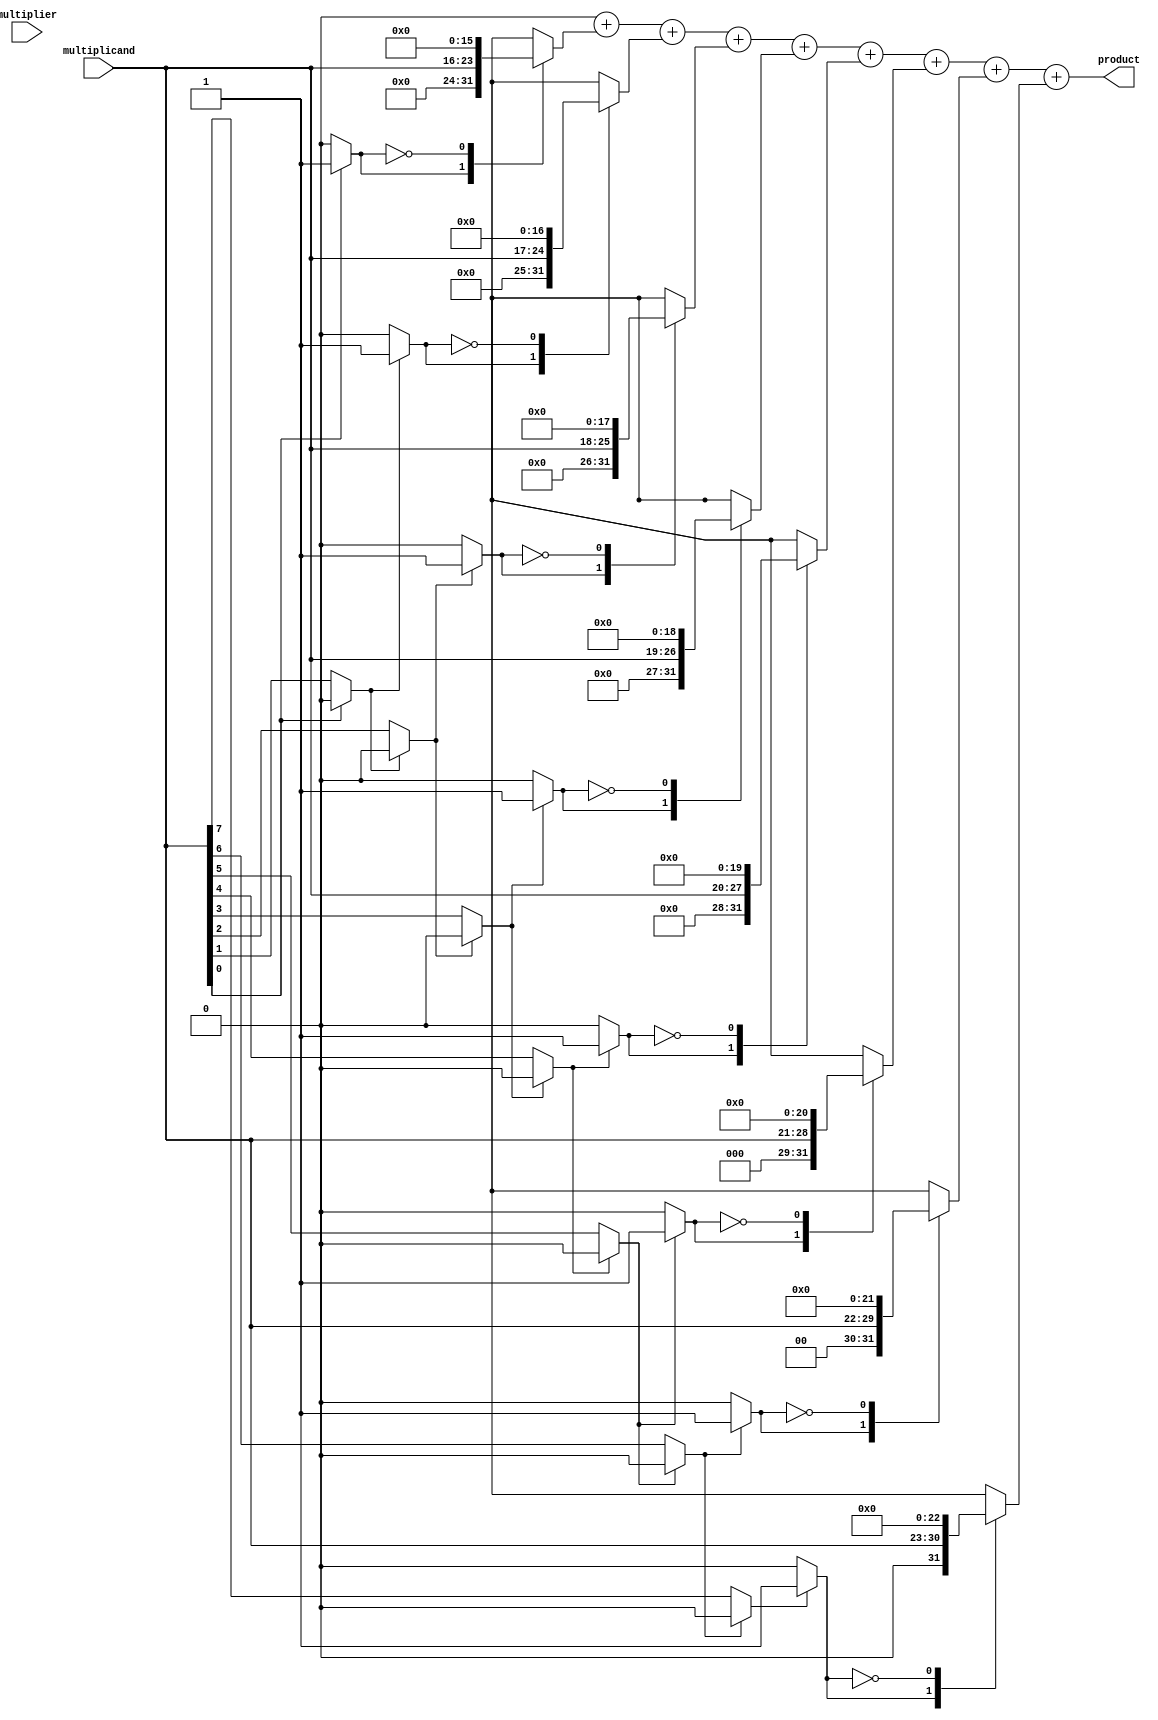
module csd_multiplier #(parameter WIDTH = 8, parameter PRODUCT_WIDTH = 2 * WIDTH) (
    input  wire [WIDTH-1:0] multiplicand,
    input  wire [WIDTH-1:0] multiplier,
    output wire [PRODUCT_WIDTH-1:0] product
);
    // CSD Encoding Block
    function [WIDTH-1:0] csd_encode;
        input [WIDTH-1:0] num;
        reg [WIDTH-1:0] temp;
        integer i;
        begin
            temp = num;
            csd_encode = 0;
            for (i = 0; i < WIDTH; i = i + 1) begin
                if (temp[i] == 1) begin
                    if (i < WIDTH - 1 && temp[i + 1] == 1) begin
                        csd_encode[i] = -1; // CSD digit -1
                        temp[i + 1] = 0; // Clear the next bit
                    end else begin
                        csd_encode[i] = 1; // CSD digit 1
                    end
                end
            end
        end
    endfunction

    // CSD Representation
    wire [WIDTH-1:0] csd_multiplicand;
    assign csd_multiplicand = csd_encode(multiplicand);

    // Partial Product Generation
    reg [PRODUCT_WIDTH-1:0] partial_products [0:WIDTH-1];
    integer j;
    always @(*) begin
        for (j = 0; j < WIDTH; j = j + 1) begin
            case (csd_multiplicand[j])
                1'b1: partial_products[j] = multiplicand << j; // Add multiplicand
                1'b0: partial_products[j] = 0; // No operation
                -1: partial_products[j] = ~(multiplicand << j) + 1; // Subtract multiplicand
                default: partial_products[j] = 0; // Default case
            endcase
        end
    end

    // Adder/Subtractor Network
    reg [PRODUCT_WIDTH-1:0] sum;
    integer k;
    always @(*) begin
        sum = 0;
        for (k = 0; k < WIDTH; k = k + 1) begin
            sum = sum + partial_products[k];
        end
    end

    // Final product output
    assign product = sum;

endmodule